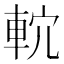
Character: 𨋠